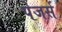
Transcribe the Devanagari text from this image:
पेजर्स